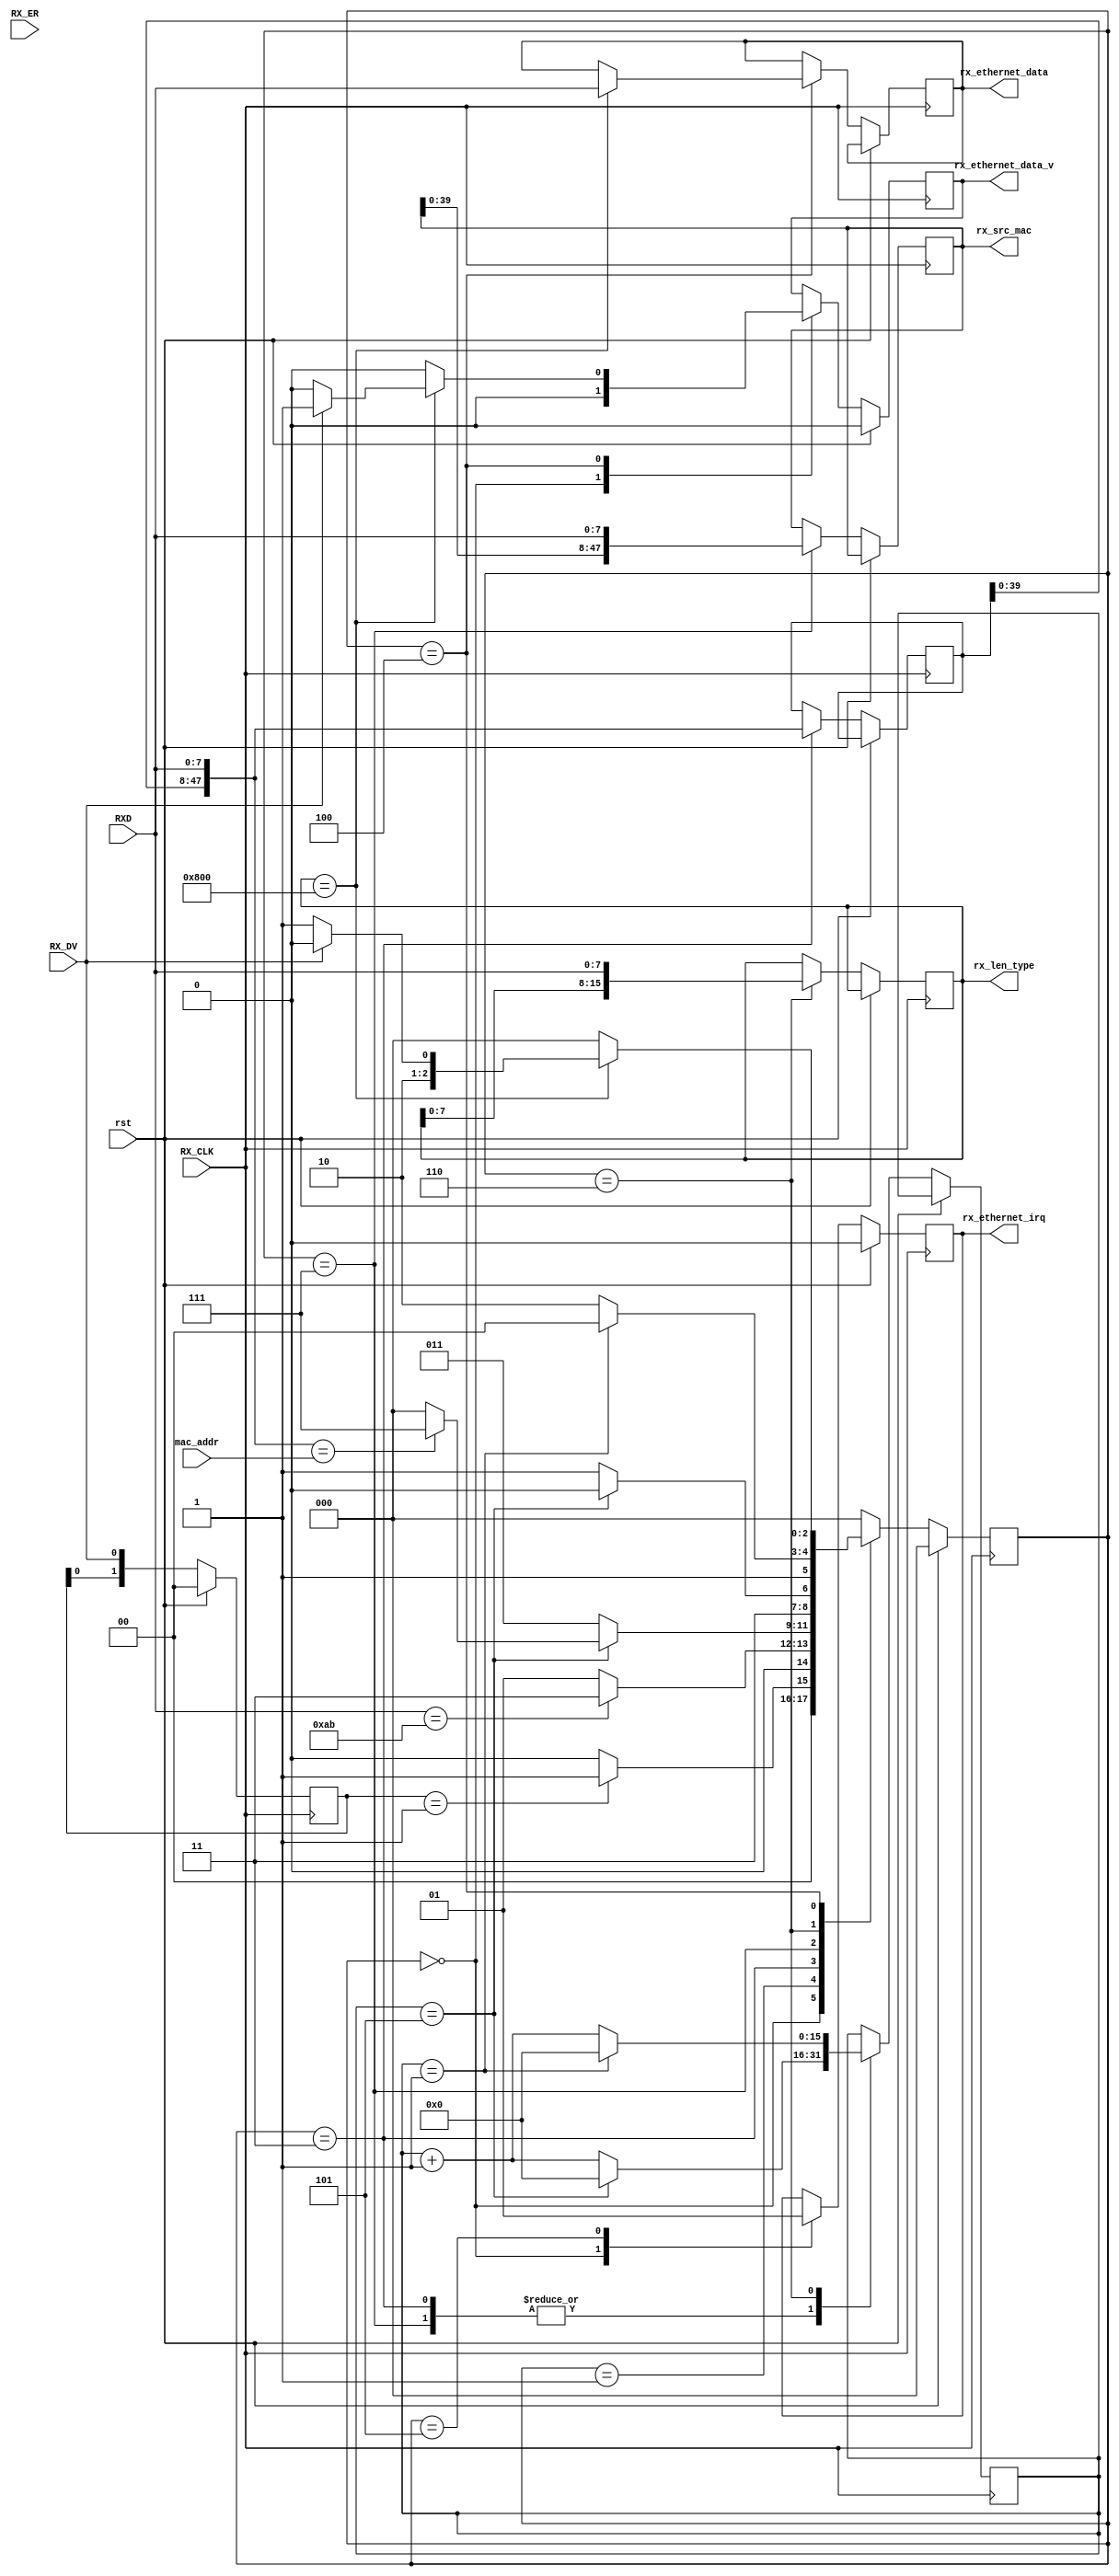
`default_nettype none
module rx_ethernet #(
    parameter OCT   = 8,
    parameter PRE   = 8'b10101010,
    parameter SFD   = 8'b10101011,
    parameter IPV4  = 16'h0800
)(
    input   wire        rst,

    output  reg             rx_ethernet_irq, // if completed receive frame, take interrupt
    // CSRs
    input   wire [OCT*6-1:0] mac_addr,
    output  reg [OCT*6-1:0] rx_src_mac,
    output  reg [OCT*2-1:0] rx_len_type,

    // GMII Receive Interface
    input   wire            RX_CLK,
    input   wire            RX_DV,
    input   wire [OCT-1:0]  RXD,
    input   wire            RX_ER,

    // Interface for Next Layer Logic
    output  reg             rx_ethernet_data_v,
    output  reg [OCT-1:0]   rx_ethernet_data
);

    parameter RX_IDLE       = 3'b000;
    parameter RX_WAIT_SFD   = 3'b001;
    parameter RX_MAC_DST    = 3'b011;
    parameter RX_MAC_SRC    = 3'b111;
    parameter RX_LEN_TYPE   = 3'b110;
    parameter RX_READ_DATA  = 3'b100;
    parameter RX_IRQ        = 3'b101;

    reg [OCT*2-1:0]     data_cnt;
    reg [2:0]           rx_state;
    reg [OCT*6-1:0]     rx_mac_dst;

    reg [1:0] detect_posedge_rx_dv;

    always @(posedge RX_CLK) begin
        if(rst) begin
            rx_state    <= RX_IDLE;
            rx_ethernet_data_v <= 1'b0;
            rx_ethernet_irq <= 1'b0;
            detect_posedge_rx_dv <= 2'b00;
        end else begin
            detect_posedge_rx_dv <= {detect_posedge_rx_dv[0], RX_DV};
            case(rx_state)
                RX_IDLE : begin
                    rx_ethernet_data_v  <= 1'b0;
                    rx_ethernet_irq <= 1'b0;
                    if(detect_posedge_rx_dv == 2'b01) begin
                        rx_state    <= RX_WAIT_SFD;
                    end else begin
                        rx_state    <= RX_IDLE;
                    end
                end
                RX_WAIT_SFD : begin
                    if(RXD == SFD) begin
                        rx_state    <= RX_MAC_DST;
                    end else begin
                        rx_state    <= RX_WAIT_SFD;
                    end
                end
                RX_MAC_DST  : begin
                    if(data_cnt == 8'h05) begin
                        data_cnt    <= 16'h0000;
                        if({rx_mac_dst[OCT*5-1:0], RXD} == mac_addr) begin // check mac addr
                            rx_state    <= RX_MAC_SRC;
                        end else begin // if did not match, return to start
                            rx_state    <= RX_IDLE;
                        end
                    end else begin
                        rx_state    <= RX_MAC_DST;
                        data_cnt    <= data_cnt + 16'h0001;
                    end
                    rx_mac_dst  <= {rx_mac_dst[OCT*5-1:0], RXD};
                end
                RX_MAC_SRC  : begin
                    if(data_cnt == 8'h05) begin
                        rx_state    <= RX_LEN_TYPE;
                        data_cnt    <= 16'h0000;
                    end else begin
                        rx_state    <= RX_MAC_SRC;
                        data_cnt    <= data_cnt + 16'h0001;
                    end
                    rx_src_mac  <= {rx_src_mac[OCT*5-1:0], RXD};
                end
                RX_LEN_TYPE : begin
                    if(data_cnt == 8'h01) begin
                        rx_state    <= RX_READ_DATA;
                        data_cnt    <= 16'h0000;
                    end else begin
                        rx_state    <= RX_LEN_TYPE;
                        data_cnt    <= data_cnt + 16'h0001;
                    end
                    rx_len_type <= {rx_len_type[OCT-1:0], RXD};
                end
                RX_READ_DATA : begin
                    // READ FRAME HEADER
                    case(rx_len_type)
                        IPV4    : begin
                            rx_ethernet_data    <= RXD;
                            if(RX_DV) begin
                                rx_state        <= RX_READ_DATA;
                                rx_ethernet_data_v <= 1'b1;
                            end else begin
                                rx_state        <= RX_IRQ;
                                rx_ethernet_data_v <= 1'b0;
                            end
                        end
                        default : begin
                            rx_state    <= RX_IDLE;
                            if(rx_len_type <= 16'h05DC) begin   // RAW FRAME
                                rx_ethernet_data_v <= 1'b0;
                            end else begin                      // UNKNOWN TYPE
                                rx_ethernet_data_v <= 1'b0;
                            end
                        end
                    endcase
                end
                RX_IRQ : begin
                    rx_state    <= RX_IDLE;
                    rx_ethernet_irq <= 1'b1;
                end
                default : begin
                    rx_state    <= RX_IDLE;
                end
            endcase
        end
    end
endmodule
`default_nettype wire